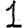
Digit: 1